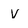
Character: v